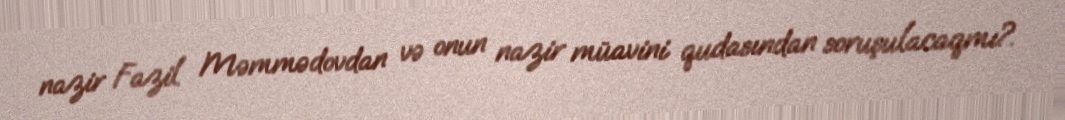
nazir Fazil Məmmədovdan və onun nazir müavini qudasından soruşulacaqmı?.